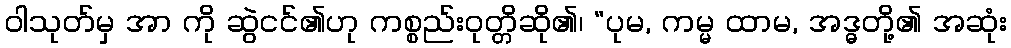
ဝါသုတ်မှ အာ ကို ဆွဲငင်၏ဟု ကစ္စည်းဝုတ္တိဆို၏၊ “ပုမ, ကမ္မ ထာမ, အဒ္ဓတို့၏ အဆုံး